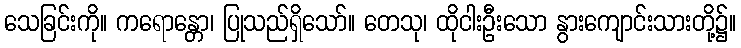
သေခြင်းကို။ ကရောန္တော၊ ပြုသည်ရှိသော်။ တေသု၊ ထိုငါးဦးသော နွားကျောင်းသားတို့၌။